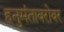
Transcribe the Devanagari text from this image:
हनुमंताबरोबर